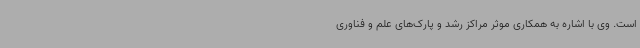
است. وی با اشاره به همکاری موثر مراکز رشد و پارک‌های علم و فناوری